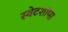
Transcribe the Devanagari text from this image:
स्वेटशॉप्स